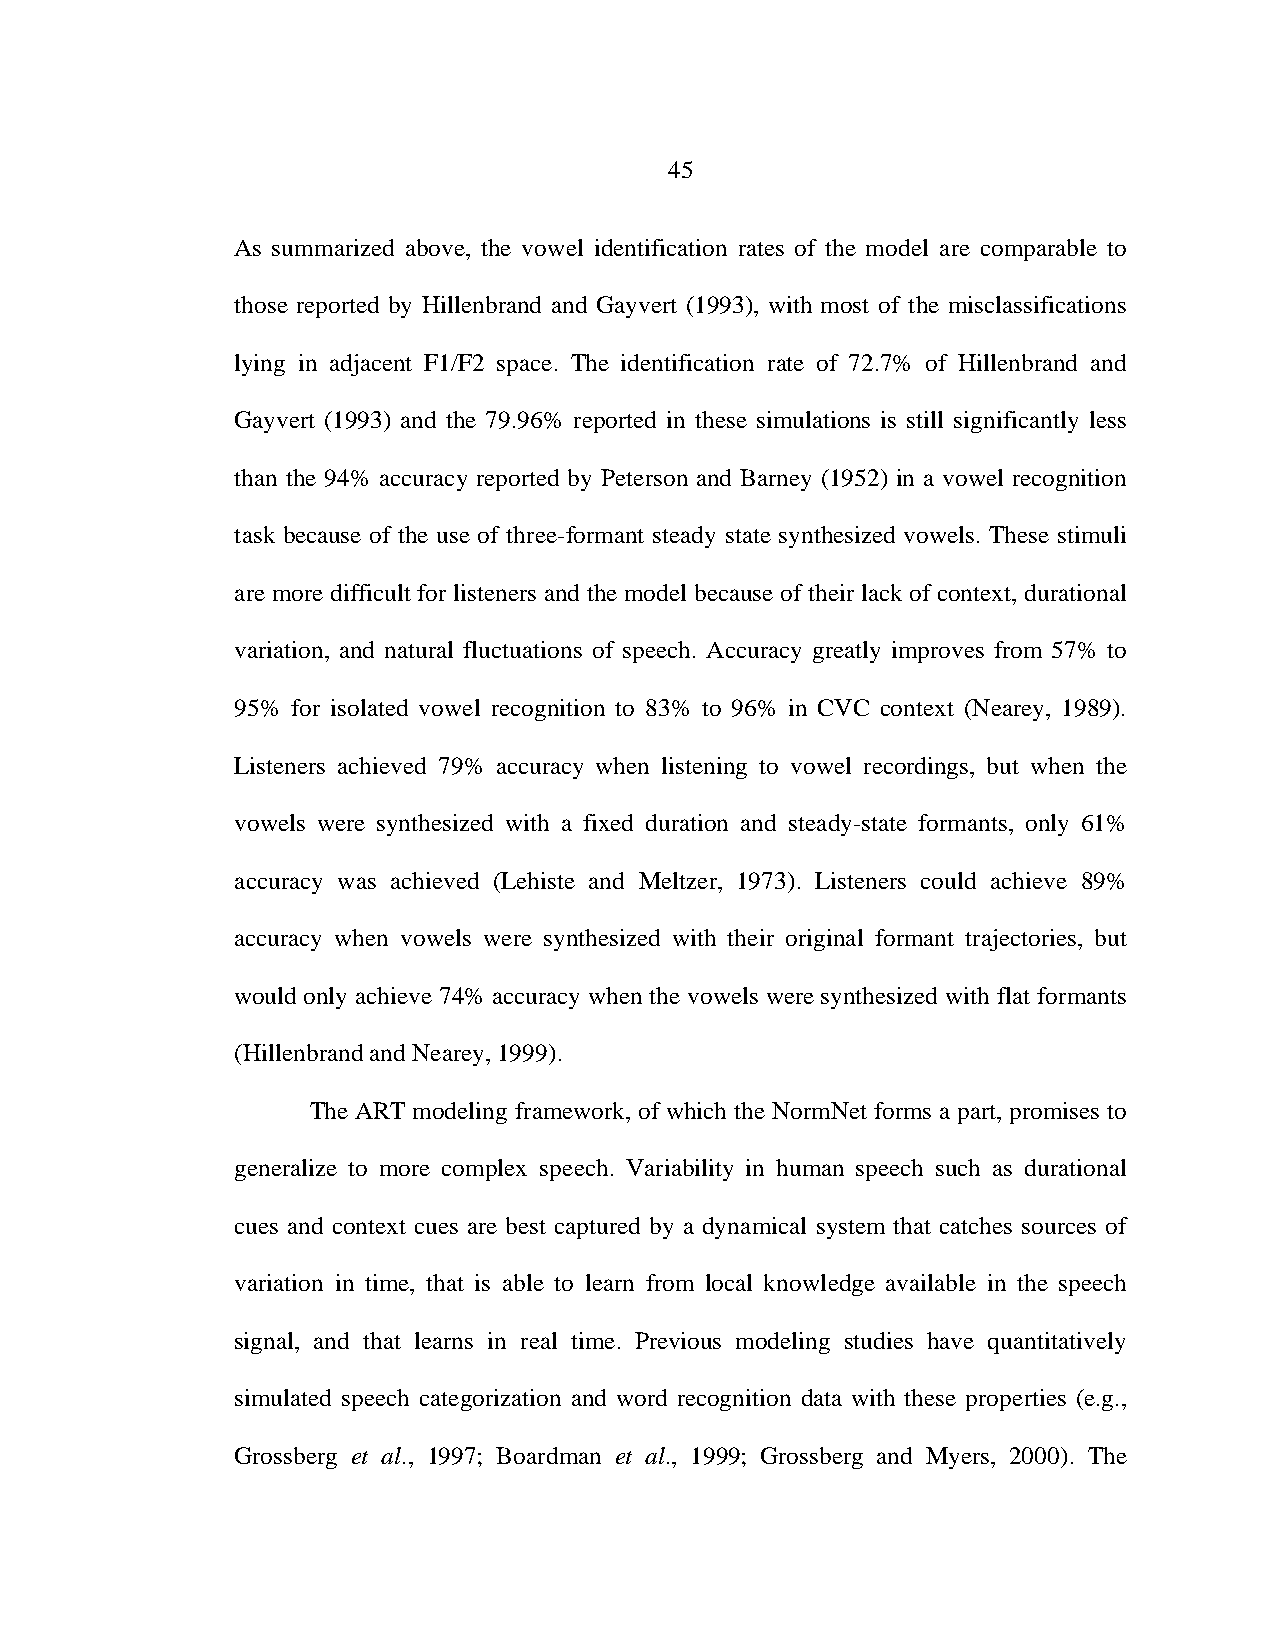
45
 As summarized above, the vowel identification rates of the model are comparable to
 those reported by Hillenbrand and Gayvert (1993), with most of the misclassifications
 lying in adjacent F1/F2 space. The identification rate of 72.7% of Hillenbrand and
 Gayvert (1993) and the 79.96% reported in these simulations is still significantly less
 than the 94% accuracy reported by Peterson and Barney (1952) in a vowel recognition
 task because of the use of three-formant steady state synthesized vowels. These stimuli
 are more difficult for listeners and the model because of their lack of context, durational
 variation, and natural fluctuations of speech. Accuracy greatly improves from 57% to
 95% for isolated vowel recognition to 83% to 96% in CVC context (Nearey, 1989).
 Listeners achieved 79% accuracy when listening to vowel recordings, but when the
 vowels were synthesized with a fixed duration and steady-state formants, only 61%
 accuracy was achieved (Lehiste and Meltzer, 1973). Listeners could achieve 89%
 accuracy when vowels were synthesized with their original formant trajectories, but
 would only achieve 74% accuracy when the vowels were synthesized with flat formants
 (Hillenbrand and Nearey, 1999).
 The ART modeling framework, of which the NormNet forms a part, promises to
 generalize to more complex speech. Variability in human speech such as durational
 cues and context cues are best captured by a dynamical system that catches sources of
 variation in time, that is able to learn from local knowledge available in the speech
 signal, and that learns in real time. Previous modeling studies have quantitatively
 simulated speech categorization and word recognition data with these properties (e.g.,
 Grossberg et al., 1997; Boardman et al., 1999; Grossberg and Myers, 2000). The